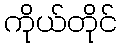
ကိုယ်တိုင်